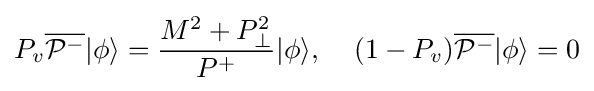
P_{v}{\overline {{\mathcal {P}}^{-}}}|\phi \rangle ={\frac {M^{2}+P_{\perp }^{2}}{P^{+}}}|\phi \rangle ,\;\;\;\;(1-P_{v}){\overline {{\mathcal {P}}^{-}}}|\phi \rangle =0